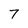
Character: 7